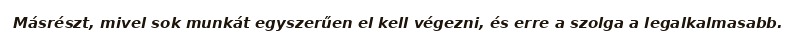
Másrészt, mivel sok munkát egyszerűen el kell végezni, és erre a szolga a legalkalmasabb.